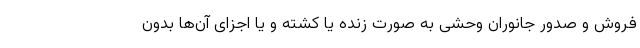
فروش و صدور جانوران وحشی به صورت زنده یا کشته و یا اجزای آن‌ها بدون